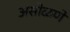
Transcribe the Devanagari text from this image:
असोळणे